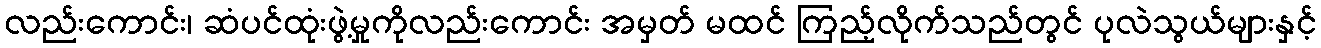
လည်းကောင်း၊ ဆံပင်ထုံးဖွဲ့မှုကိုလည်းကောင်း အမှတ် မထင် ကြည့်လိုက်သည်တွင် ပုလဲသွယ်များနှင့်